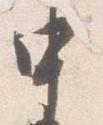
申